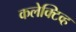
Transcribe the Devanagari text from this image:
कलेक्टिव्ह